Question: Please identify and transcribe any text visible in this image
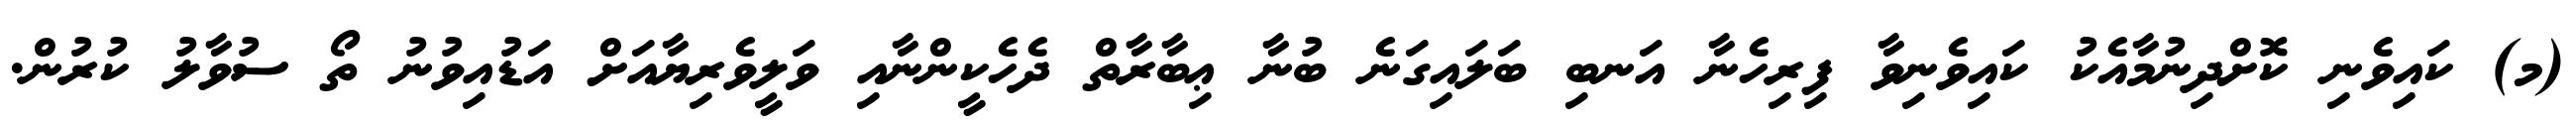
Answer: (މ) ކައިވެނި ކޮށްދިނުމާއެކު ކައިވެނިވާ ފިރިހެނާ އަނބި ބަލައިގަނެ ބުނާ ޢިބާރާތް ދެހެކީންނާއި ވަލީވެރިޔާއަށް އަޑުއިވުނު ތޯ ސުވާލު ކުރުން.